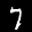
Digit: 7